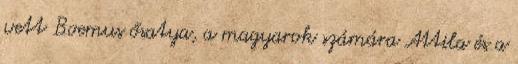
vett Boemus ősatya, a magyarok számára Attila és a